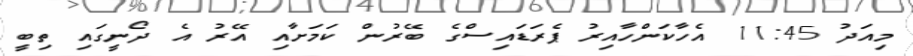
މިއަދު 11:45 އެހާކަންހާއިރު ޕެރަޑައިސްގެ ބޭރުން ކަމަށާއި އޭރު އެ ދޯނީގައި ތިބީ